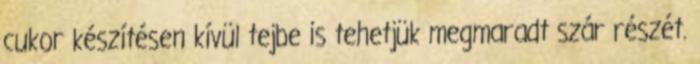
cukor készítésen kívül tejbe is tehetjük megmaradt szár részét.